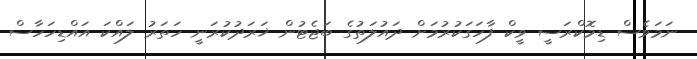
ނަމަވެސް ޑިމޮކްރަސީ ވީކް ފާހަގަކުރުމަށް ދައުލަތުގެ ބަޖެޓުން ޚަރަދުކުރަނީ ހަތަރު ލައްކަ އައްޑިހަހާސް